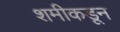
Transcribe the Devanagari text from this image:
शमीकडून